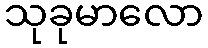
သုခုမာလော